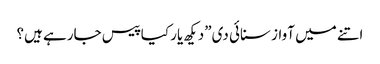
اتنے میں آواز سنائی دی”دیکھ یار کیا پیس جارہے ہیں؟